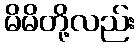
မိမိတို့လည်း